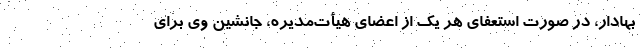
بهادار، در صورت استعفای هر یک از اعضای هیأت‌مدیره، جانشین وی برای